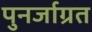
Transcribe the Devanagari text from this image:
पुनर्जाग्रत